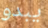
يبدو